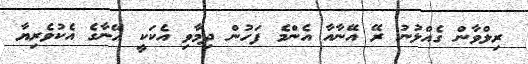
ރިލްވާން ގެއްލުނު ރޭ އޭނާއާ އެންމެ ފަހުން ދިމާވި އެކަކީ އޭނާގެ އެކުވެރިޔާ